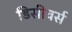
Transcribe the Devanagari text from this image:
डिसीवर्स